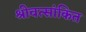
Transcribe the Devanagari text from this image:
श्रीवत्सांकित